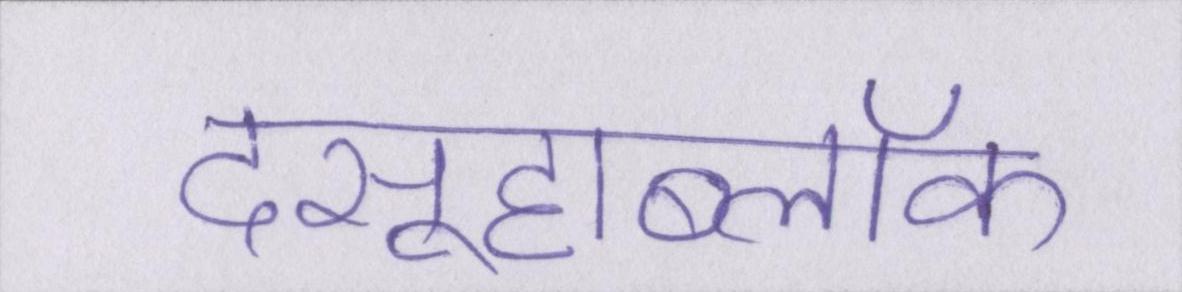
दसूहाब्लॉक